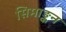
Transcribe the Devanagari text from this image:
सिमाङ्कन